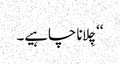
‘‘ چِلانا چاہیے۔